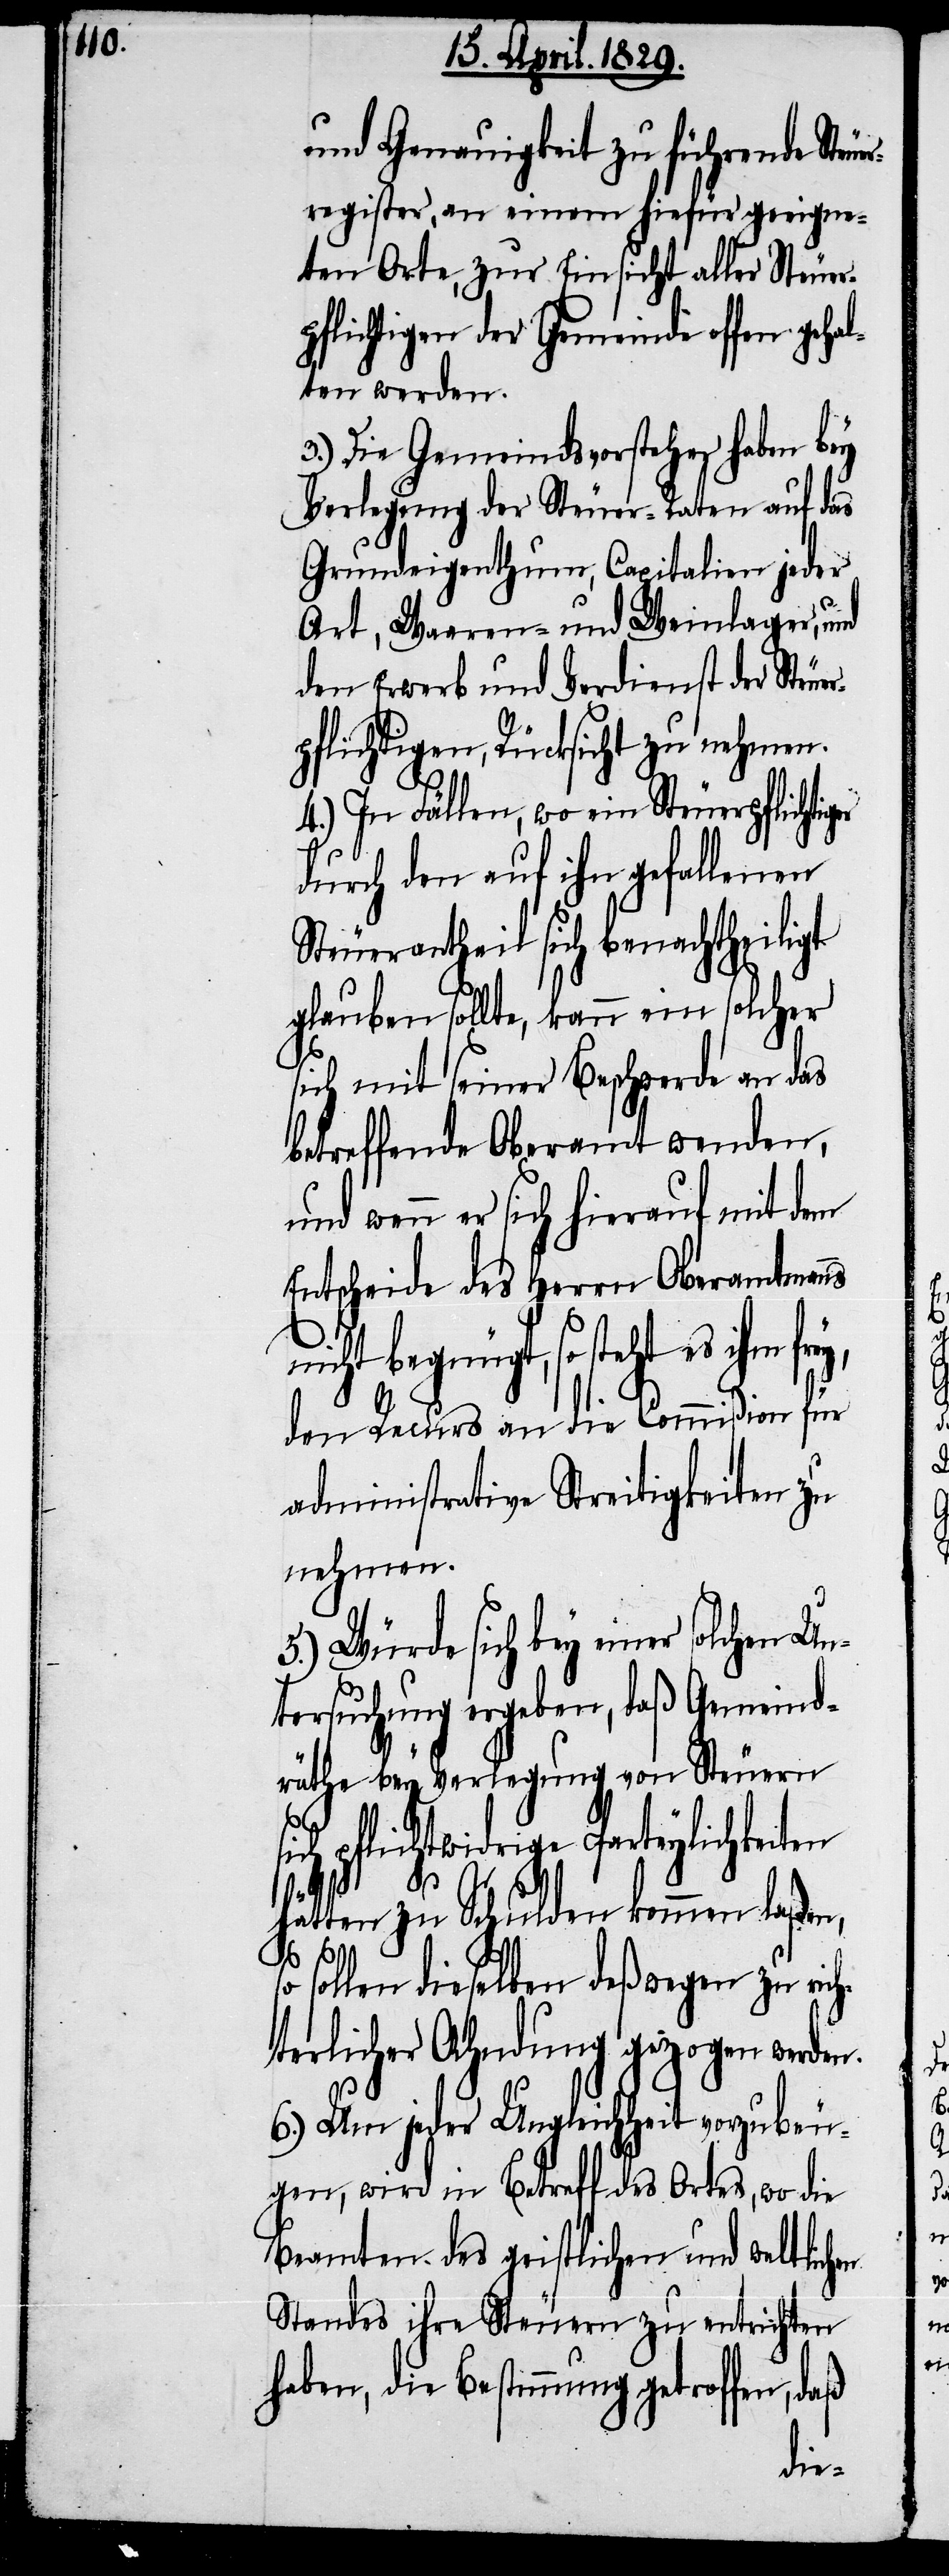
n.

und Genauigkeit zu führende Steue¬
rregister, an einem hiefür geeigne¬
ten Orte, zur Einsicht aller Steuer¬
pflichtigen der Gemeinde offen gehal¬
ten werden.
3.) Die Gemeindsvorsteher haben bey
Verlegung der Steuer-Raten auf das
Grundeigenthum, Capitalien jeder
Art, Waaren- und Weinlager, und
den Erwerb und Verdienst der Steue¬
rpflichtigen, Rücksicht zu nehmen.
4.) In Fällen, wo ein Steuerpflichtig¬
durch den auf ihn gefallenen
Steuerantheil sich benachtheiligt
glauben sollte, kann ein solcher
sich mit seiner Beschwerde an das
betreffende Oberamt wenden,
und wenn sich hierauf mit dem
Entscheide des Herrn Oberamtman¬
den Recurs an die Commißion für
administrative Streitigkeiten zu
nehmen.
5.) Würde sich bey einer solchen Un¬
tersuchung ergeben, daß Gemeind¬
räthe bey Verlegung von Steuern
Parteylichkeiten
hätten zu Schulden kommen laßen,
so sollen dieselben deßwegen zu rich¬
terlicher Ahndung gezogen werde¬
6.) Um jeder Ungleichheit vorzubeu¬
gen, wird in Betreff des Ortes, wo die
Beamten des geistlichen und weltlichen
Standes ihre Steuern zu entrichten
haben, die Bestimmung getroffen, daß
er